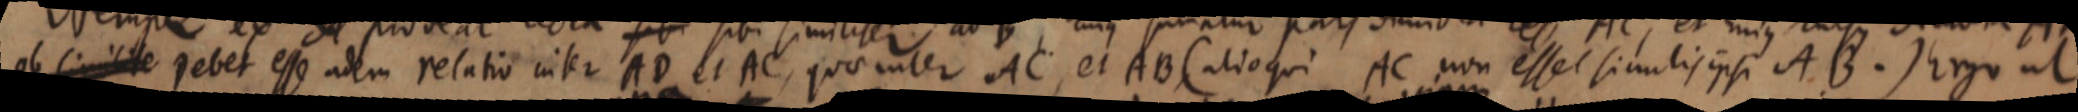
ab simile sebet esse adem relatio inter AD et AC, quae inter AC, et AB (alioqui AC non esset simulis ipsi AB.) Ergo ut